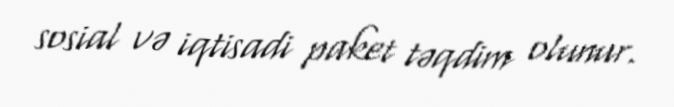
sosial və iqtisadi paket təqdim olunur.